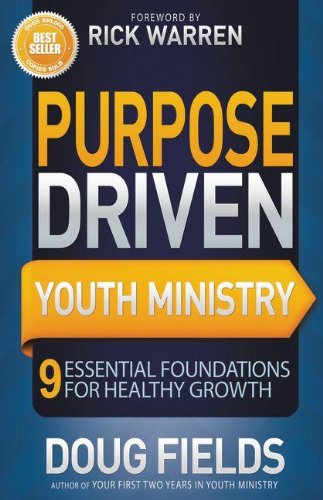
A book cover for Purpose Driven Youth Ministry: 9 Essential Foundations for Healthy Growth (Youth Specialties); Doug Fields; Christian Books & Bibles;